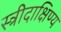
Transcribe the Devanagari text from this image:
स्त्रीदाक्षिण्य